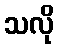
သလို